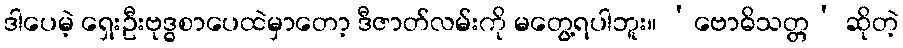
ဒါပေမဲ့ ရှေးဦးဗုဒ္ဓစာပေထဲမှာတော့ ဒီဇာတ်လမ်းကို မတွေ့ရပါဘူး။ ‘ဗောဓိသတ္တ’ ဆိုတဲ့